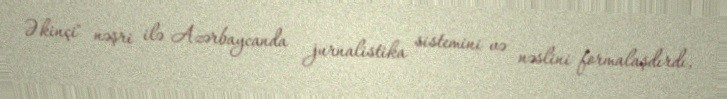
Əkinçi" nəşri ilə Azərbaycanda jurnalistika sistemini və nəslini formalaşdırdı,